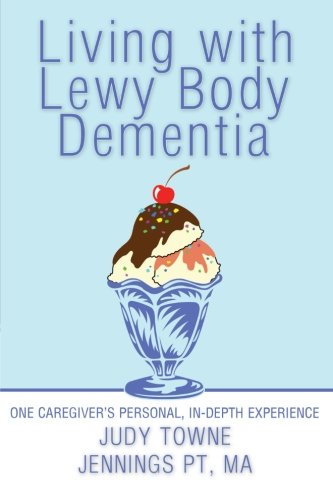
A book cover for Living with Lewy Body Dementia: One Caregiver's Personal, In-Depth Experience; Judy Towne Jennings; Health, Fitness & Dieting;